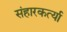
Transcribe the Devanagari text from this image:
संहारकर्त्या